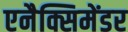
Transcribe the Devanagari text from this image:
एनैक्सिमेंडर